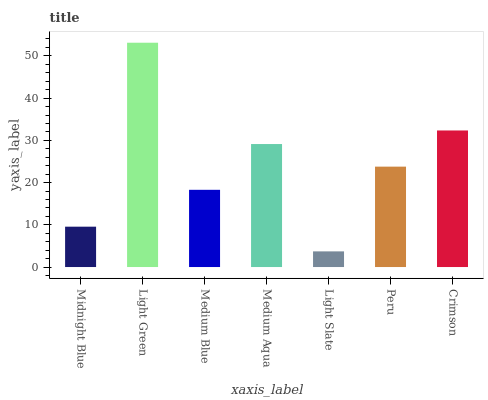
| xaxis_label | bars |
 | --- | --- |
 | Midnight Blue | 9.56 |
 | Light Green | 53.1 |
 | Medium Blue | 18.3 |
 | Medium Aqua | 29.1 |
 | Light Slate | 3.71 |
 | Peru | 23.8 |
 | Crimson | 32.3 |